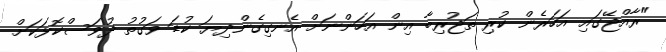
"ރާއްޖޭގައި އަހަރެން ކުރި ތަޖުރިބާ އިން އަހަންނަށް އެނގިގެންދިޔަ ކުޑަ ވަގުތު ދުވަސްކޮޅަކަށް